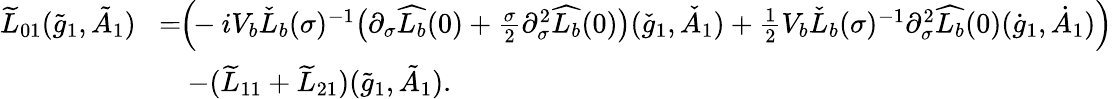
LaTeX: \begin{array}{rl}{\widetilde{L}_{01}(\tilde{g}_{1},\tilde{A}_{1})\! }&{=\! \! \Big(\! \! -iV_{b}\check{L}_{b}(\sigma)^{-1}\big(\partial_{\sigma}\widehat{L_{b}}(0)+\frac{\sigma}{2}\partial_{\sigma}^{2}\widehat{L_{b}}(0)\big)(\check{g}_{1},\check{A}_{1})+\frac{1}{2}V_{b}\check{L}_{b}(\sigma)^{-1}\partial_{\sigma}^{2}\widehat{L_{b}}(0)(\dot{g}_{1},\dot{A}_{1})\Big)}\\ &{\quad-(\widetilde{L}_{11}+\widetilde{L}_{21})(\tilde{g}_{1},\tilde{A}_{1}).}\end{array}